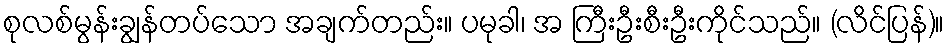
စုလစ်မွန်းချွန်တပ်သော အချက်တည်း။ ပမုခါ၊ အ ကြီးဦးစီးဦးကိုင်သည်။ (လိင်ပြန်)။